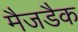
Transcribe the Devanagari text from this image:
मैजडैक